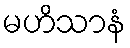
မဟိသာနံ